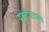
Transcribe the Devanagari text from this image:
प्रवृत्तीवादाला